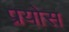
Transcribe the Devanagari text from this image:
प्रयोस